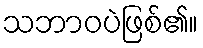
သဘာဝပဲဖြစ်၏။